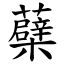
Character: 蘗